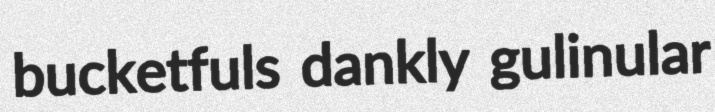
bucketfuls dankly gulinular